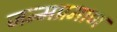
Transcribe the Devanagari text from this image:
जन्मप्रमाण